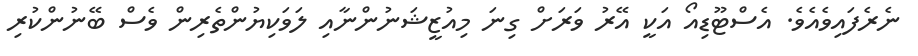
ނެރެފައިވެއެވެ. އެސްޓޫޑިއޯ އަކީ އޭރު ވަރަށް ގިނަ މިއުޒީޝަނުންނާއި ލަވަކިޔުންތެރިން ވެސް ބޭނުންކުރި